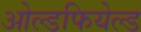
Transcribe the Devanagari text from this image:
ओल्डफियेल्ड